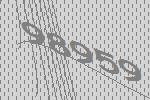
98959